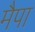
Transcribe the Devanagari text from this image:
मैपा